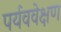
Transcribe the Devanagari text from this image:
पर्यववेक्षण